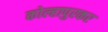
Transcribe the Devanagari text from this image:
कोल्हापुरकर